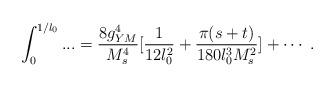
LaTeX: \begin{align*}\int_{0}^{1/l_0}...={8 g_{YM}^4 \over M_s^4}[{{1}\over{12l_0^2}}+{\pi (s+t) \over 180 l_0^3M_s^2}] + \cdots \ .\end{align*}